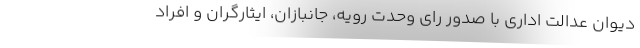
دیوان عدالت اداری با صدور رای وحدت رویه، جانبازان، ایثارگران و افراد